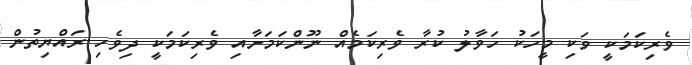
ވެރިކަމަކީ ވަކި މީހަކު ހަވާލު ކުރާ ވެރިކަމެއް ނޫންކަމަށާއި ވެރިކަމަކީ ދިވެހި ރައްޔިތުން